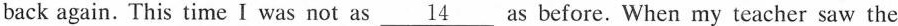
back again. This time I was not as \underline{14} as before. When my teacher saw the